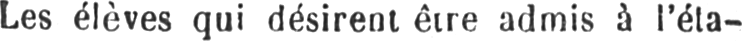
Les élèves qui désirent être admis à l’éta-